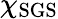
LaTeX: \chi_{\mathrm{SGS}}